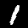
Label: 1